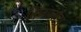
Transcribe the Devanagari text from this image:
किंगलाँग